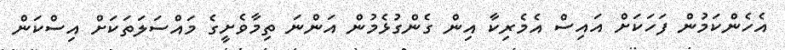
އެހެންކަމުން ފަހަކަށް އައިސް އެމެރިކާ އިން ގެންގުޅެމުން އަންނަ ތިމާވެށީގެ މައްސަލަތަކަށް އިސްކަން